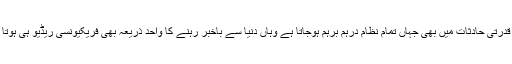
کئی قدرتی حادثات میں بھی جہاں تمام نظام درہم برہم ہوجاتا ہے وہاں دنیا سے باخبر رہنے کا واحد ذریعہ بھی فریکیونسی ریڈیو ہی ہوتا ہے۔